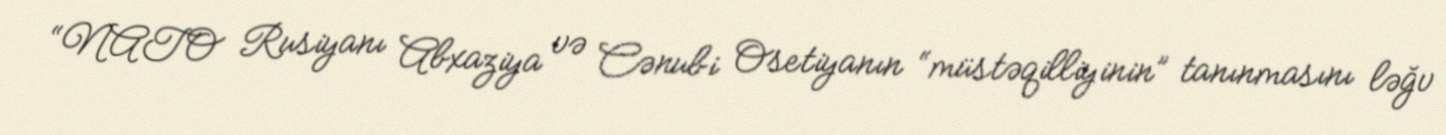
“NATO Rusiyanı Abxaziya və Cənubi Osetiyanın “müstəqilliyinin” tanınmasını ləğv